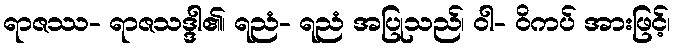
ရာဇဿ- ရာဇသဒ္ဒါ၏၊ ရညံ- ရညံ အပြုသည်၊ ဝါ- ဝိကပ် အားဖြင့်၊